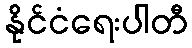
နိုင်ငံရေးပါတီ